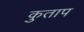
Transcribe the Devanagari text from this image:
कुताप